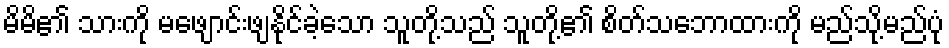
မိမိ၏ သားကို မဖျောင်းဖျနိုင်ခဲ့သော သူတို့သည် သူတို့၏ စိတ်သဘောထားကို မည်သို့မည်ပုံ